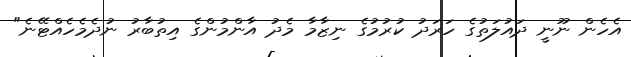
އެހެން ނޫނީ ދައުލަތުގެ ހަރަދު ކުރުމުގެ ނިޒާމާ މެދު އާންމުންގެ އިތުބާރު ނުދެމެހެއްޓޭނެ"